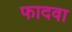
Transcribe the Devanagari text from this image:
फादवा